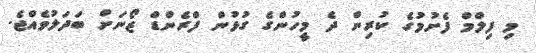
މި ފިލްމް ފެށުމުގެ ކުރިން ދެ މީހުންގެ ގުޅުން ފްރެންޑް ޒޯނަށް ބަދަލުވެއްޖެ.